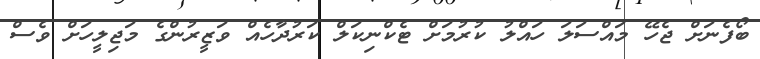
ބޯފެނަށް ޖެހޭ މައްސަލަ ހައްލު ކުރުމަށް ޓެކްނިކަލް ކަރުދާހެއް ވަޒީރުންގެ މަޖިލީހަށް ވެސް